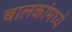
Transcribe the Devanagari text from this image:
बालकांमध्ये